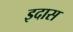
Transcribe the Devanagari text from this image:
इदास